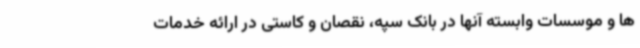
ها و موسسات وابسته آنها در بانک سپه، نقصان و کاستی در ارائه خدمات